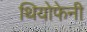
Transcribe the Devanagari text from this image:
थियोफेनी